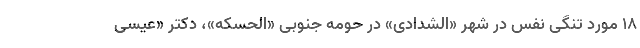
۱۸ مورد تنگی نفس در شهر «الشدادی» در حومه جنوبی «الحسکه»، دکتر «عیسی